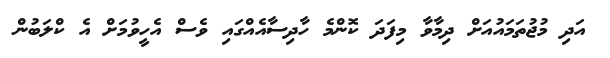
އަދި މުޖުތަމައުއަށް ދިމާވާ މިފަދަ ކޮންމެ ހާދިސާއެއްގައި ވެސް އެހީވުމަށް އެ ކްލަބުން